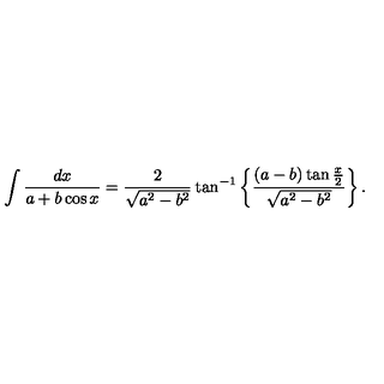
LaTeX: \int { \frac { d x } { a + b \cos x } } = { \frac { 2 } { \sqrt { a ^ { 2 } - b ^ { 2 } } } } \tan ^ { - 1 } \left\{ \frac { ( a - b ) \tan { \frac { x } { 2 } } } { \sqrt { a ^ { 2 } - b ^ { 2 } } } \right\} .